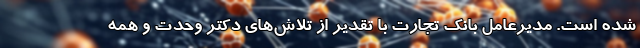
شده است. مدیرعامل بانک تجارت با تقدیر از تلاش‌های دکتر وحدت و همه